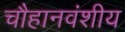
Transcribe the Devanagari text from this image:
चौहानवंशीय